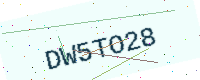
Text: DW5TO28